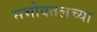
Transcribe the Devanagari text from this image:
सभोवतलच्या